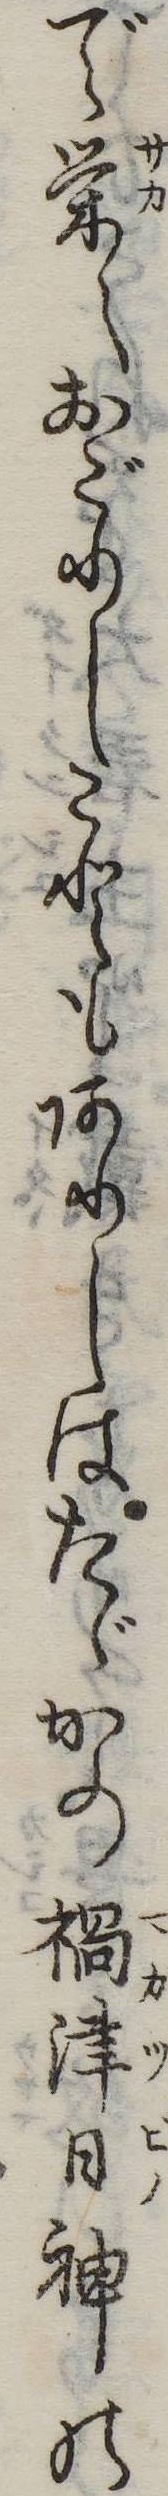
で栄えおごりしこともありしはたゞかの禍津日神の